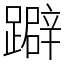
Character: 躃